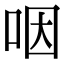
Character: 咽